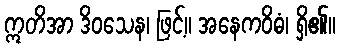
ဣတိအာ ဒိဝသေန၊ ဖြင့်။ အနေကဝိဓံ၊ ရှိ၏။